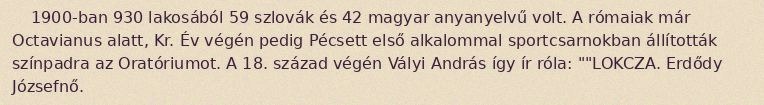
1900-ban 930 lakosából 59 szlovák és 42 magyar anyanyelvű volt. A rómaiak már Octavianus alatt, Kr. Év végén pedig Pécsett első alkalommal sportcsarnokban állították színpadra az Oratóriumot. A 18. század végén Vályi András így ír róla: ""LOKCZA. Erdődy Józsefnő.